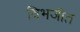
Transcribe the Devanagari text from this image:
विभजीत